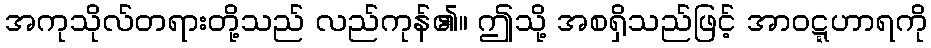
အကုသိုလ်တရားတို့သည် လည်ကုန်၏။ ဤသို့ အစရှိသည်ဖြင့် အာဝဋ္ဋဟာရကို